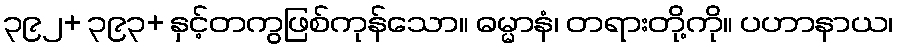
၃၉၂+ ၃၉၃+ နှင့်တကွဖြစ်ကုန်သော။ ဓမ္မာနံ၊ တရားတို့ကို။ ပဟာနာယ၊